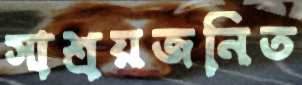
সাশ্রয়জনিত